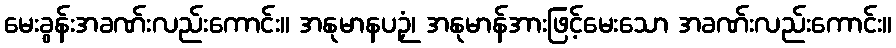
မေးခွန်းအခဏ်းလည်းကောင်း။ အနုမာနပဉှံ၊ အနုမာန်အားဖြင့်မေးသော အခဏ်းလည်းကောင်း။